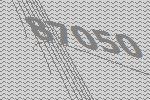
87050